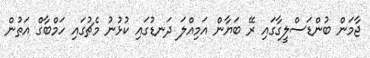
ޖާމަން ބުންޑަސްލީގާގައި ރޭ ބަޔާން އަމިއްލަ ދަނޑުގައި ކުޅުނު މެޗުގައި ހަމްބާގް އަތުން